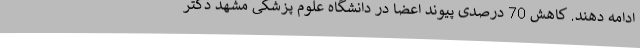
ادامه دهند. کاهش 70 درصدی پیوند اعضا در دانشگاه علوم پزشکی مشهد دکتر